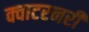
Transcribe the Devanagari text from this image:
क्वाटरनरी